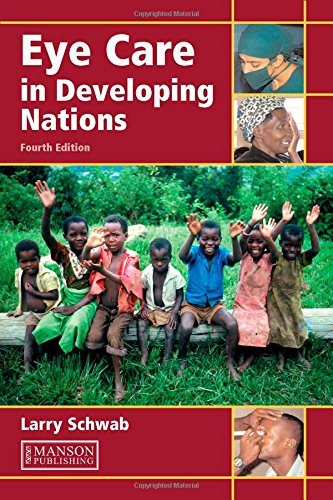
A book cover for Eye Care in Developing Nations, Fourth Edition; Larry Schwab; Medical Books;